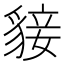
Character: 𧳛